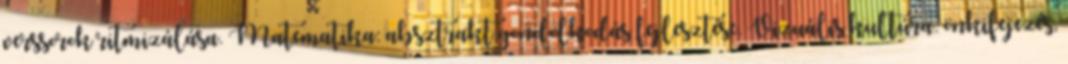
verssorok ritmizálása. Matematika: absztrakt gondolkodás fejlesztése. Vizuális kultúra: önkifejezés,